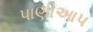
પાણીઆપ